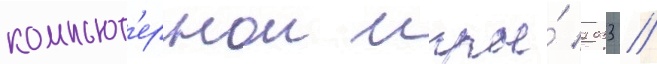
компьют'ернои игры́ 2033 //